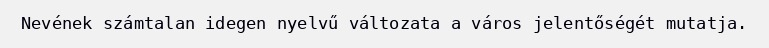
Nevének számtalan idegen nyelvű változata a város jelentőségét mutatja.